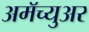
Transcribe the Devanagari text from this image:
अमॅच्युअर